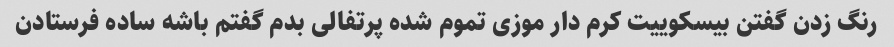
رنگ زدن گفتن بیسکوییت کرم دار موزی تموم شده پرتفالی بدم گفتم باشه ساده فرستادن